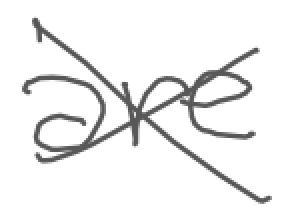
Text: are
Cross-out: cross
Writing tool: digital_gray